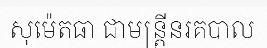
សុម៉េតធា ជាមន្ត្រីនរគបាល